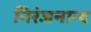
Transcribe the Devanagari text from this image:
निरंजनान्द